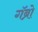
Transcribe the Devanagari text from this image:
गॅब्रो